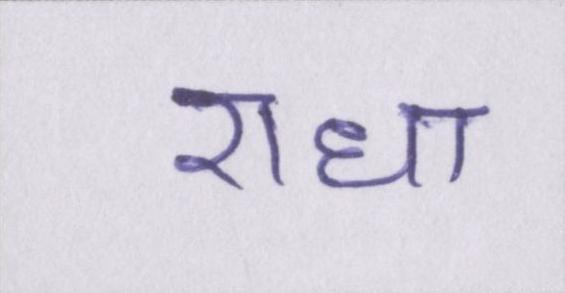
राधा